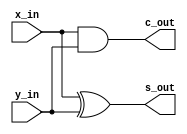
//*******************************************************************/
//  $File: half_adder.v
//  $Date: 2016-03-22
//  $Revision: 1.0 $
//  $Author: ENCLab
//  $State: 1.0 - Initial Release
//*******************************************************************/
//  $Change History:
//
//              Revision 1.0 ENCLab
//              Initial Release
//*******************************************************************/
//  $Description
//
//  one-bit half adder
//
//*******************************************************************/

`timescale 1 ns / 1 ps

module half_adder
(
    //----------------------------------------------------------------
    // Input Ports
    //----------------------------------------------------------------
    input                               x_in, 		//	one bit input data
    input                               y_in,		//	one bit input data

    //----------------------------------------------------------------
    // Output Ports
    //----------------------------------------------------------------
    output  wire                        s_out, 		// 	sum of two input
    output  wire                        c_out 		//	carry of two input
);

//----------------------------------------------------------------
// code for operation start
//----------------------------------------------------------------

//  output port
assign  	s_out 	=	x_in ^ y_in;
assign      c_out 	=	x_in & y_in;

// 	you can write the code with gate level modeling
//	xor1 sum 	( s_out, x_in, y_in );
//	and1 carry 	( c_out, x_in, y_in );

//	or like this
//	assign 	{ c_out, s_out } 	=	x_in + y_in;

endmodule